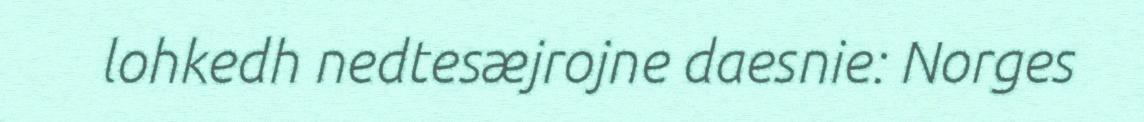
lohkedh nedtesæjrojne daesnie: Norges